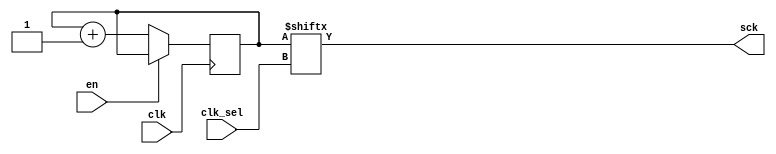
module clk_gen(input en,
					input clk,
					input [2:0] clk_sel,
					output reg sck);

					reg [7:0] cnt;

					always@(posedge clk)
					begin
					if(~en)
					cnt<=cnt+1'b1;
					end

					always@(clk)
					sck<=cnt[clk_sel];

endmodule